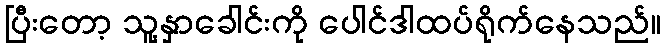
ပြီးတော့ သူ့နှာခေါင်းကို ပေါင်ဒါထပ်ရိုက်နေသည်။